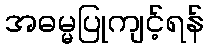
အဓမ္မပြုကျင့်ရန်